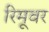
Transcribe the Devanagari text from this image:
रिमूवर